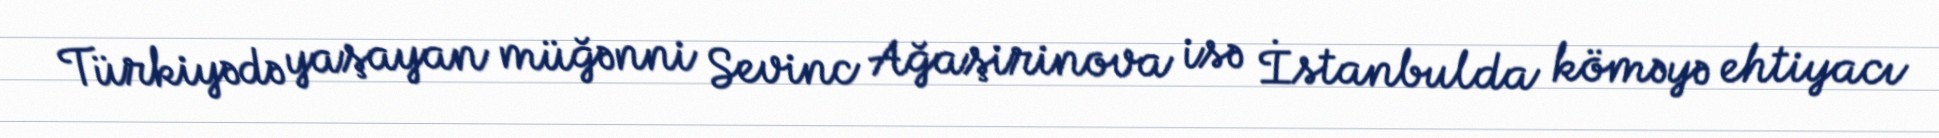
Türkiyədə yaşayan müğənni Sevinc Ağaşirinova isə İstanbulda köməyə ehtiyacı